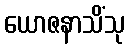
ယောဇနာသိံသု